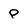
Character: P